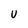
Character: U